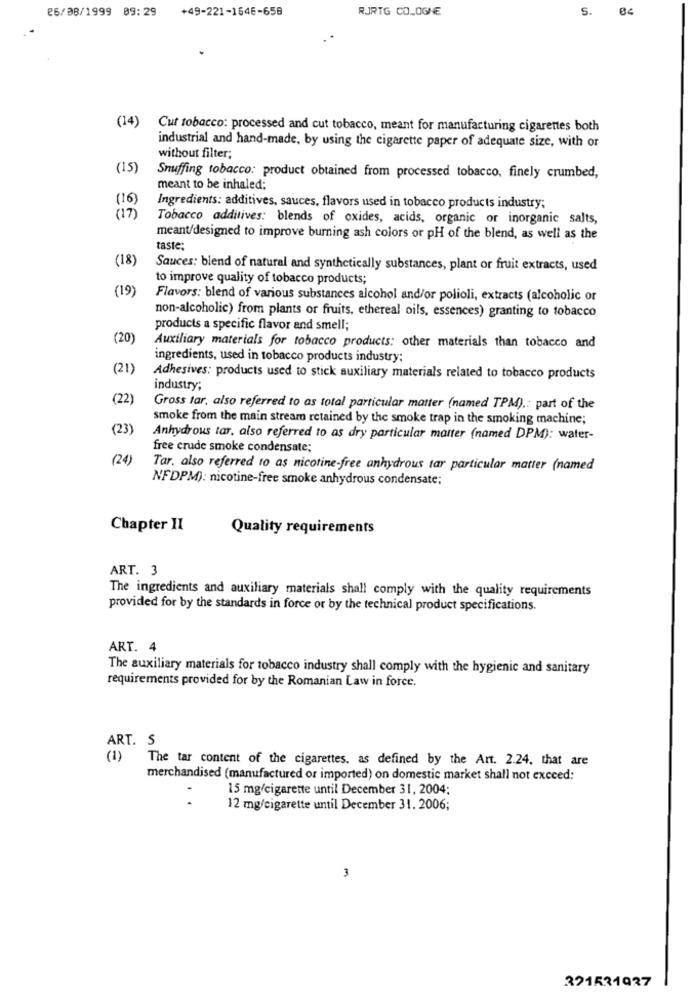
26/08/1999 09:29
+49-221-164E-658
RJRTG CO.OGNE
S.
(14)
Cut tobacco: processed and cut tobacco, meant for manufacturing cigarettes both
industrial and hand-made, by using the cigarette paper of adequate size, with or
without filter;
(15)
Snuffing tobacco: product obtained from processed tobacco, finely crumbed,
meant to be inhaled;
(16)
Ingredients: additives, sauces, flavors used in tobacco products industry;
( 17)
Tobacco additives: blends of oxides, acids, organic or inorganic salts,
meant/designed to improve burning ash colors or pH of the blend, as well as the
taste;
(18)
Sauces: blend of natural and synthetically substances, plant or fruit extracts, used
to improve quality of tobacco products;
(19)
Flavors: blend of various substances alcohol and/or polioli, extracts (alcoholic or
non-alcoholic) from plants or fruits, ethereal oils, essences) granting to tobacco
products a specific flavor and smell;
(20)
Auxiliary materials for tobacco products: other materials than tobacco and
ingredients, used in tobacco products industry:
(21)
Adhesives: products used to stick auxiliary materials related to tobacco products
industry;
(22)
Gross tar, also referred to as total particular matter (named TPM) .: part of the
smoke from the main streamo retained by the smoke trap in the smoking machine;
(23)
Anhydrous tar, also referred to as dry particular manter (named DPM): water-
free crude smoke condensate;
(24)
Tar, also referred to as nicotine-free anhydrous tar particular matter (named
NFDPM): nicotine-free smoke anhydrous condensate;
Chapter II
Quality requirements
ART. 3
The ingredients and auxiliary materials shall comply with the quality requirements
provided for by the standards in force or by the technical product specifications.
ART. 4
The auxiliary materials for tobacco industry shall comply with the hygienic and sanitary
requirements provided for by the Romanian Law in force.
ART. S
(1)
The tar content of the cigarettes, as defined by the Art. 2.24, that are
merchandised (manufactured or imported) on domestic market shall not exceed:
15 mg/cigarette until December 31, 2004:
12 mg/cigarette until December 31. 2006;
3
321531927